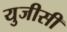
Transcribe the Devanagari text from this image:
युजीसी